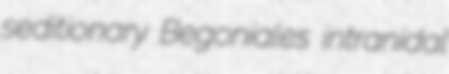
seditionary Begoniales intranidal